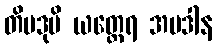
တိပဒုမိ ယတ္ထေရ အပဒါန